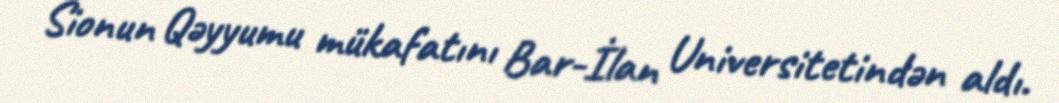
Sionun Qəyyumu mükafatını Bar-İlan Universitetindən aldı.